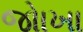
જોાખા